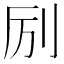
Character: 𫥵